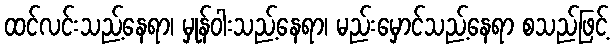
ထင်လင်းသည့်နေရာ၊ မှုန်ဝါးသည့်နေရာ၊ မည်းမှောင်သည့်နေရာ စသည်ဖြင့်